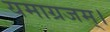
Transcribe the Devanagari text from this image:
यमाग्रजम्।